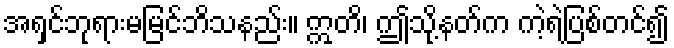
အရှင်ဘုရားမမြင်ဘိသနည်း။ ဣတိ၊ ဤသို့နတ်က ကဲ့ရဲ့ပြစ်တင်၍